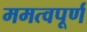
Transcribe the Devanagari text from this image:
ममत्वपूर्ण